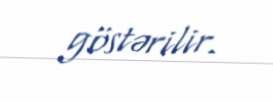
göstərilir.